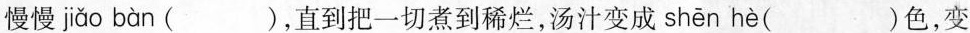
慢慢 jiǎo bàn ( )，直到把一切煮到稀烂，汤汁变成 shēn hè ( )色，变